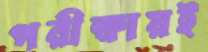
পরীক্ষায়ই